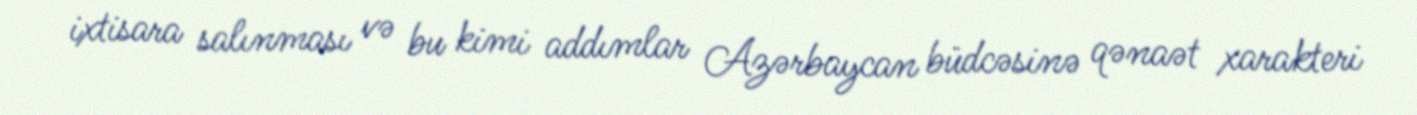
ixtisara salınması və bu kimi addımlar Azərbaycan büdcəsinə qənaət xarakteri